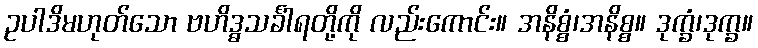
ဥပါဒိမဟုတ်သော ဗဟိဒ္ဓသင်္ခါရတို့ကို လည်းကောင်း။ အနိစ္စံ၊အနိစ္စ။ ဒုက္ခံ၊ဒုက္ခ။